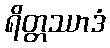
ရိတ္တဿာဒံ